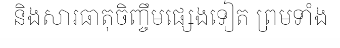
និងសារធាតុចិញ្ចឹមផ្សេងទៀត ព្រមទាំង